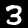
Digit: 3